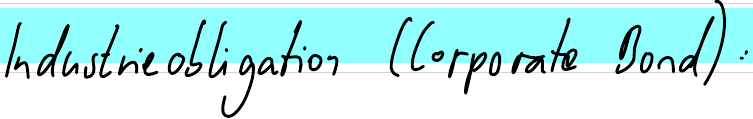
Industrieobligation (Corporate Bond):